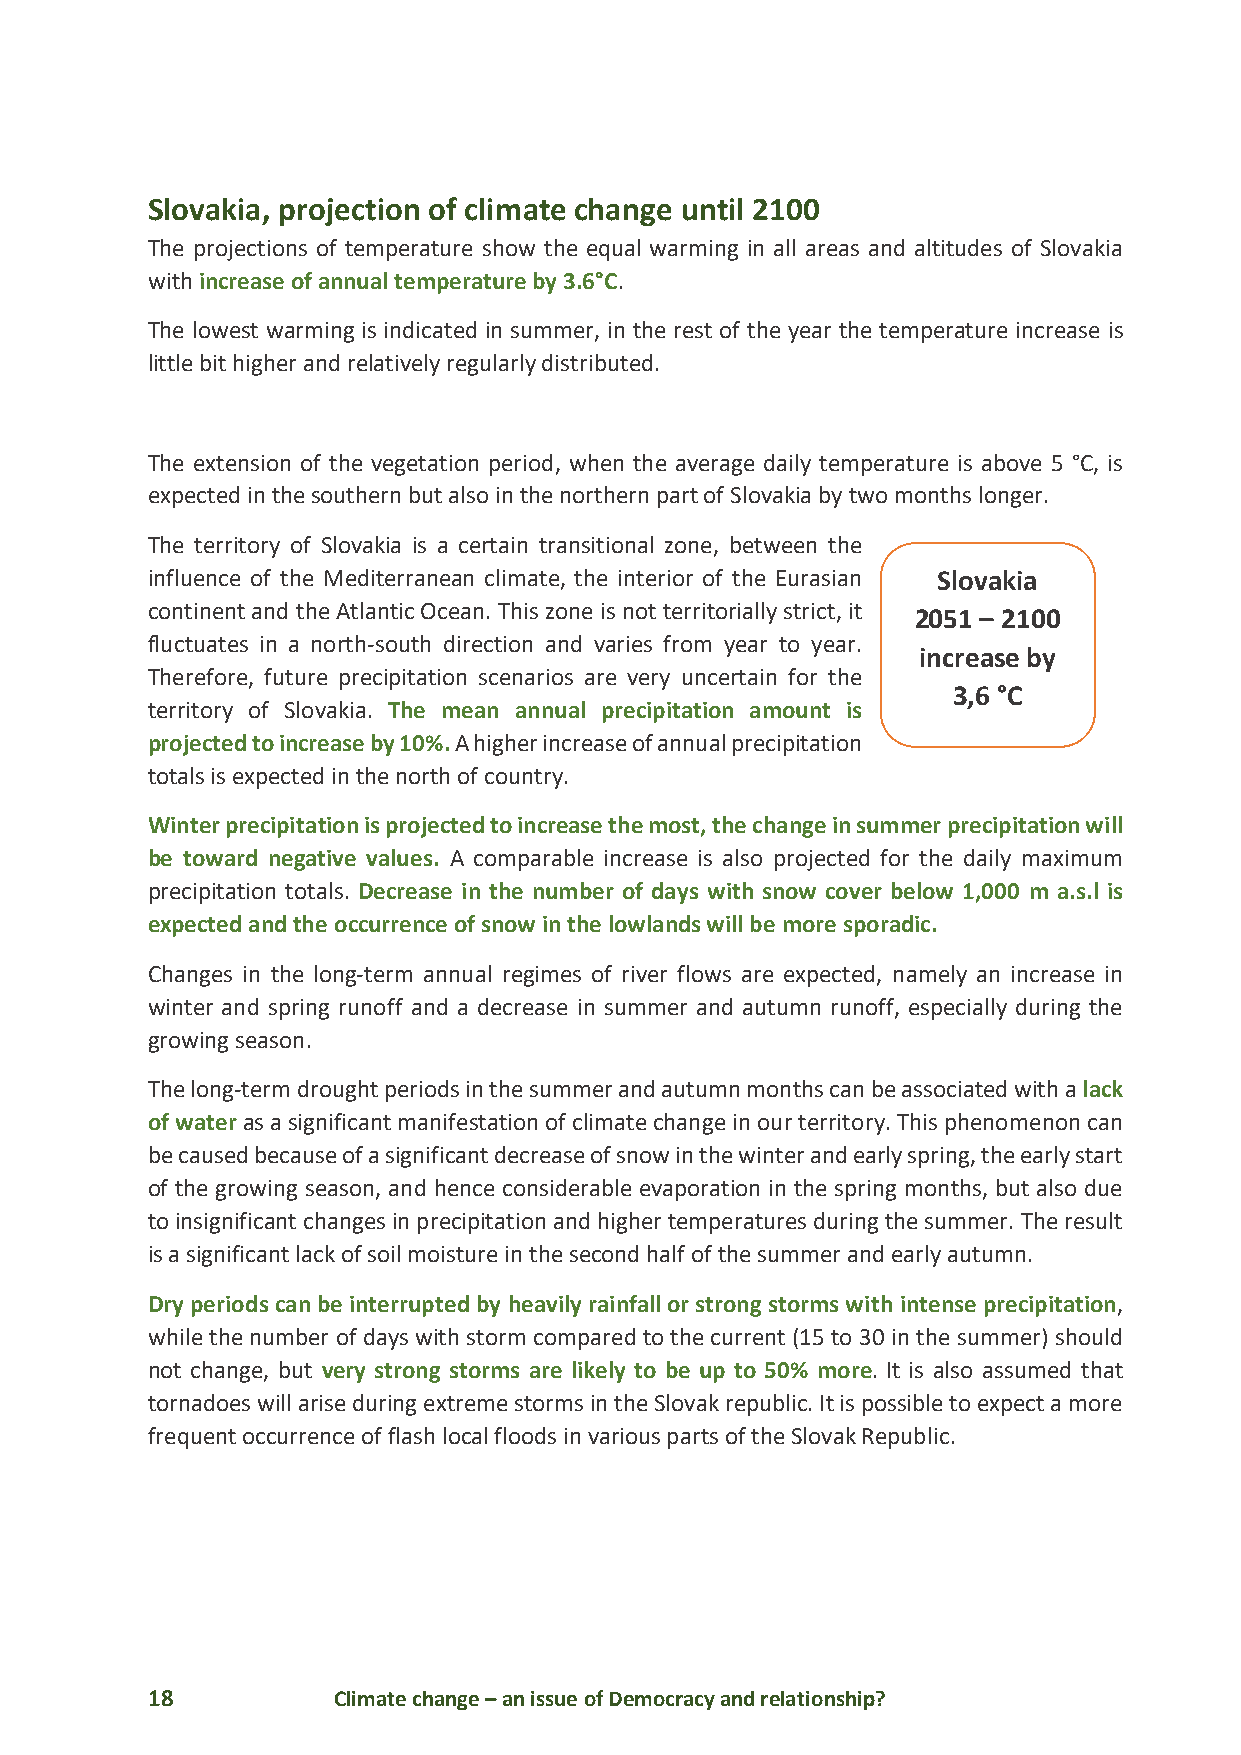
Slovakia, projection of climate change until 2100
 The projections of temperature show the equal warming in all areas and altitudes of Slovakia
 with increase of annual temperature by 3.6°C.
 The lowest warming is indicated in summer, in the rest of the year the temperature increase is
 little bit higher and relatively regularly distributed.
 The extension of the vegetation period, when the average daily temperature is above 5 °C, is
 expected in the southern but also in the northern part of Slovakia by two months longer.
 The territory of Slovakia is a certain transitional zone, between the
 influence of the Mediterranean climate, the interior of the Eurasian Slovakia
 continent and the Atlantic Ocean. This zone is not territorially strict, it
 2051 – 2100
 fluctuates in a north-south direction and varies from year to year.
 increase by
 Therefore, future precipitation scenarios are very uncertain for the
 3,6 °C
 territory of Slovakia. The mean annual precipitation amount is
 projected to increase by 10%. A higher increase of annual precipitation
 totals is expected in the north of country.
 Winter precipitation is projected to increase the most, the change in summer precipitation will
 be toward negative values. A comparable increase is also projected for the daily maximum
 precipitation totals. Decrease in the number of days with snow cover below 1,000 m a.s.l is
 expected and the occurrence of snow in the lowlands will be more sporadic.
 Changes in the long-term annual regimes of river flows are expected, namely an increase in
 winter and spring runoff and a decrease in summer and autumn runoff, especially during the
 growing season.
 The long-term drought periods in the summer and autumn months can be associated with a lack
 of water as a significant manifestation of climate change in our territory. This phenomenon can
 be caused because of a significant decrease of snow in the winter and early spring, the early start
 of the growing season, and hence considerable evaporation in the spring months, but also due
 to insignificant changes in precipitation and higher temperatures during the summer. The result
 is a significant lack of soil moisture in the second half of the summer and early autumn.
 Dry periods can be interrupted by heavily rainfall or strong storms with intense precipitation,
 while the number of days with storm compared to the current (15 to 30 in the summer) should
 not change, but very strong storms are likely to be up to 50% more. It is also assumed that
 tornadoes will arise during extreme storms in the Slovak republic. It is possible to expect a more
 frequent occurrence of flash local floods in various parts of the Slovak Republic.
 18          Climate change – an issue of Democracy and relationship?